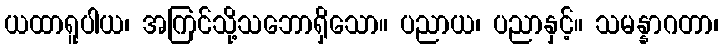
ယထာရူပါယ၊ အကြင်သို့သဘောရှိသော။ ပညာယ၊ ပညာနှင့်။ သမန္နာဂတာ၊